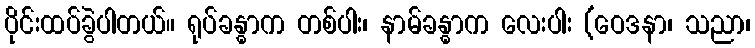
ပိုင်းထပ်ခွဲပါတယ်။ ရုပ်ခန္ဓာက တစ်ပါး၊ နာမ်ခန္ဓာက လေးပါး (ဝေဒနာ၊ သညာ၊